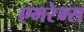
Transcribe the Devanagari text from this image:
एमरेम्स